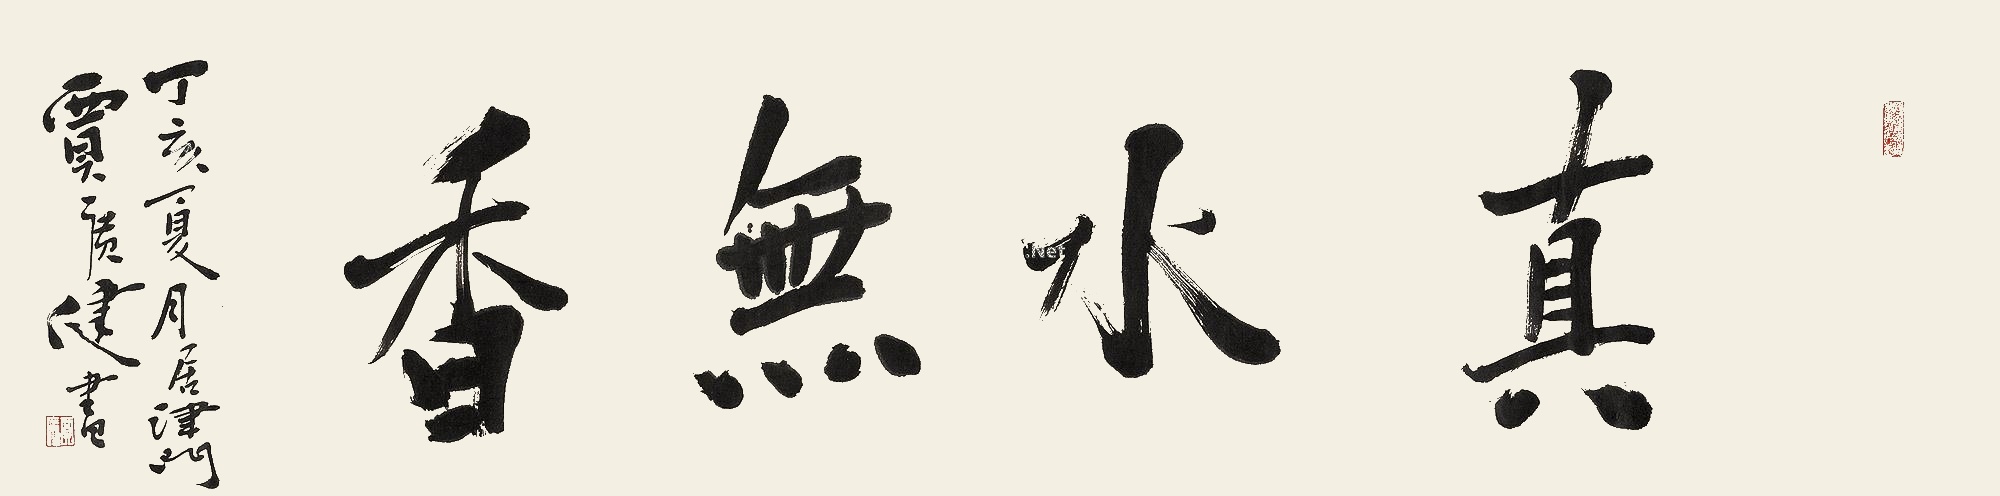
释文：真水无香丁亥夏月居津门，贾广健书。